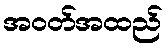
အဝတ်အထည်